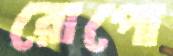
রোপো